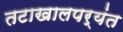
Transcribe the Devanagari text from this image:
तटाखालपर्यंत